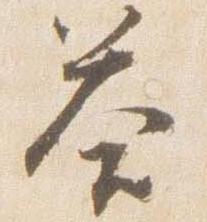
答